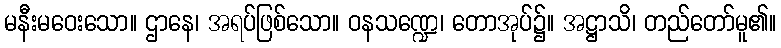
မနီးမဝေးသော။ ဌာနေ၊ အရပ်ဖြစ်သော။ ဝနသဏ္ဍေ၊ တောအုပ်၌။ အဋ္ဌာသိ၊ တည်တော်မူ၏။